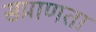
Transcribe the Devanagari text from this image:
सप्राणता